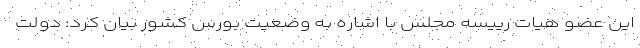
این عضو هیات رییسه مجلس با اشاره به وضعیت بورس کشور بیان کرد: دولت